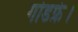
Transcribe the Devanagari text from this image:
गोडफ्रे।